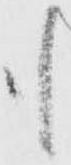
も